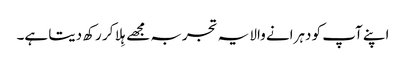
اپنے آپ کو دہرانے والا یہ تجربہ مجھے ہِلا کر رکھ دیتا ہے۔